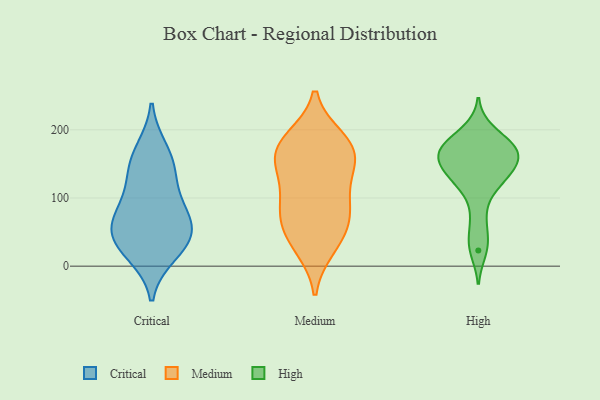
{"axis": {"x": "Backlog", "y": "Value"}, "legend": ["Critical", "High", "Medium"], "data": [{"x": "", "y": 56, "type": "Critical"}, {"x": "", "y": 37, "type": "Critical"}, {"x": "", "y": 78, "type": "Critical"}, {"x": "", "y": 169, "type": "Critical"}, {"x": "", "y": 19, "type": "Critical"}, {"x": "", "y": 34, "type": "Critical"}, {"x": "", "y": 92, "type": "Critical"}, {"x": "", "y": 59, "type": "Critical"}, {"x": "", "y": 133, "type": "Critical"}, {"x": "", "y": 148, "type": "Critical"}, {"x": "", "y": 76, "type": "Medium"}, {"x": "", "y": 142, "type": "Medium"}, {"x": "", "y": 27, "type": "Medium"}, {"x": "", "y": 176, "type": "Medium"}, {"x": "", "y": 160, "type": "Medium"}, {"x": "", "y": 151, "type": "Medium"}, {"x": "", "y": 184, "type": "Medium"}, {"x": "", "y": 52, "type": "Medium"}, {"x": "", "y": 76, "type": "Medium"}, {"x": "", "y": 76, "type": "Medium"}, {"x": "", "y": 119, "type": "Medium"}, {"x": "", "y": 170, "type": "Medium"}, {"x": "", "y": 33, "type": "Medium"}, {"x": "", "y": 187, "type": "Medium"}, {"x": "", "y": 101, "type": "Medium"}, {"x": "", "y": 23, "type": "High"}, {"x": "", "y": 166, "type": "High"}, {"x": "", "y": 172, "type": "High"}, {"x": "", "y": 117, "type": "High"}, {"x": "", "y": 181, "type": "High"}, {"x": "", "y": 173, "type": "High"}, {"x": "", "y": 120, "type": "High"}, {"x": "", "y": 165, "type": "High"}, {"x": "", "y": 174, "type": "High"}, {"x": "", "y": 137, "type": "High"}, {"x": "", "y": 146, "type": "High"}, {"x": "", "y": 73, "type": "High"}, {"x": "", "y": 198, "type": "High"}, {"x": "", "y": 139, "type": "High"}, {"x": "", "y": 151, "type": "High"}, {"x": "", "y": 38, "type": "High"}]}